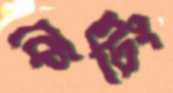
কেটিং